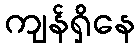
ကျန်ရှိနေ